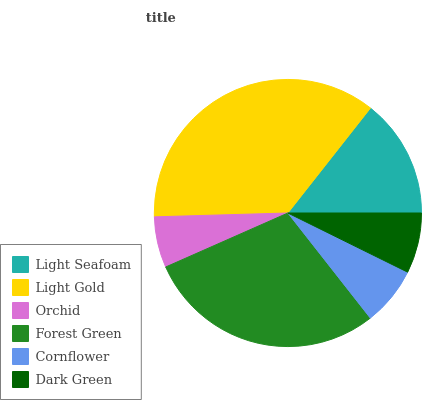
| Light Seafoam | Light Gold | Orchid | Forest Green | Cornflower | Dark Green |
 | --- | --- | --- | --- | --- | --- |
 | 14.4% | 36.1% | 6.16% | 28.9% | 7.11% | 7.3% |